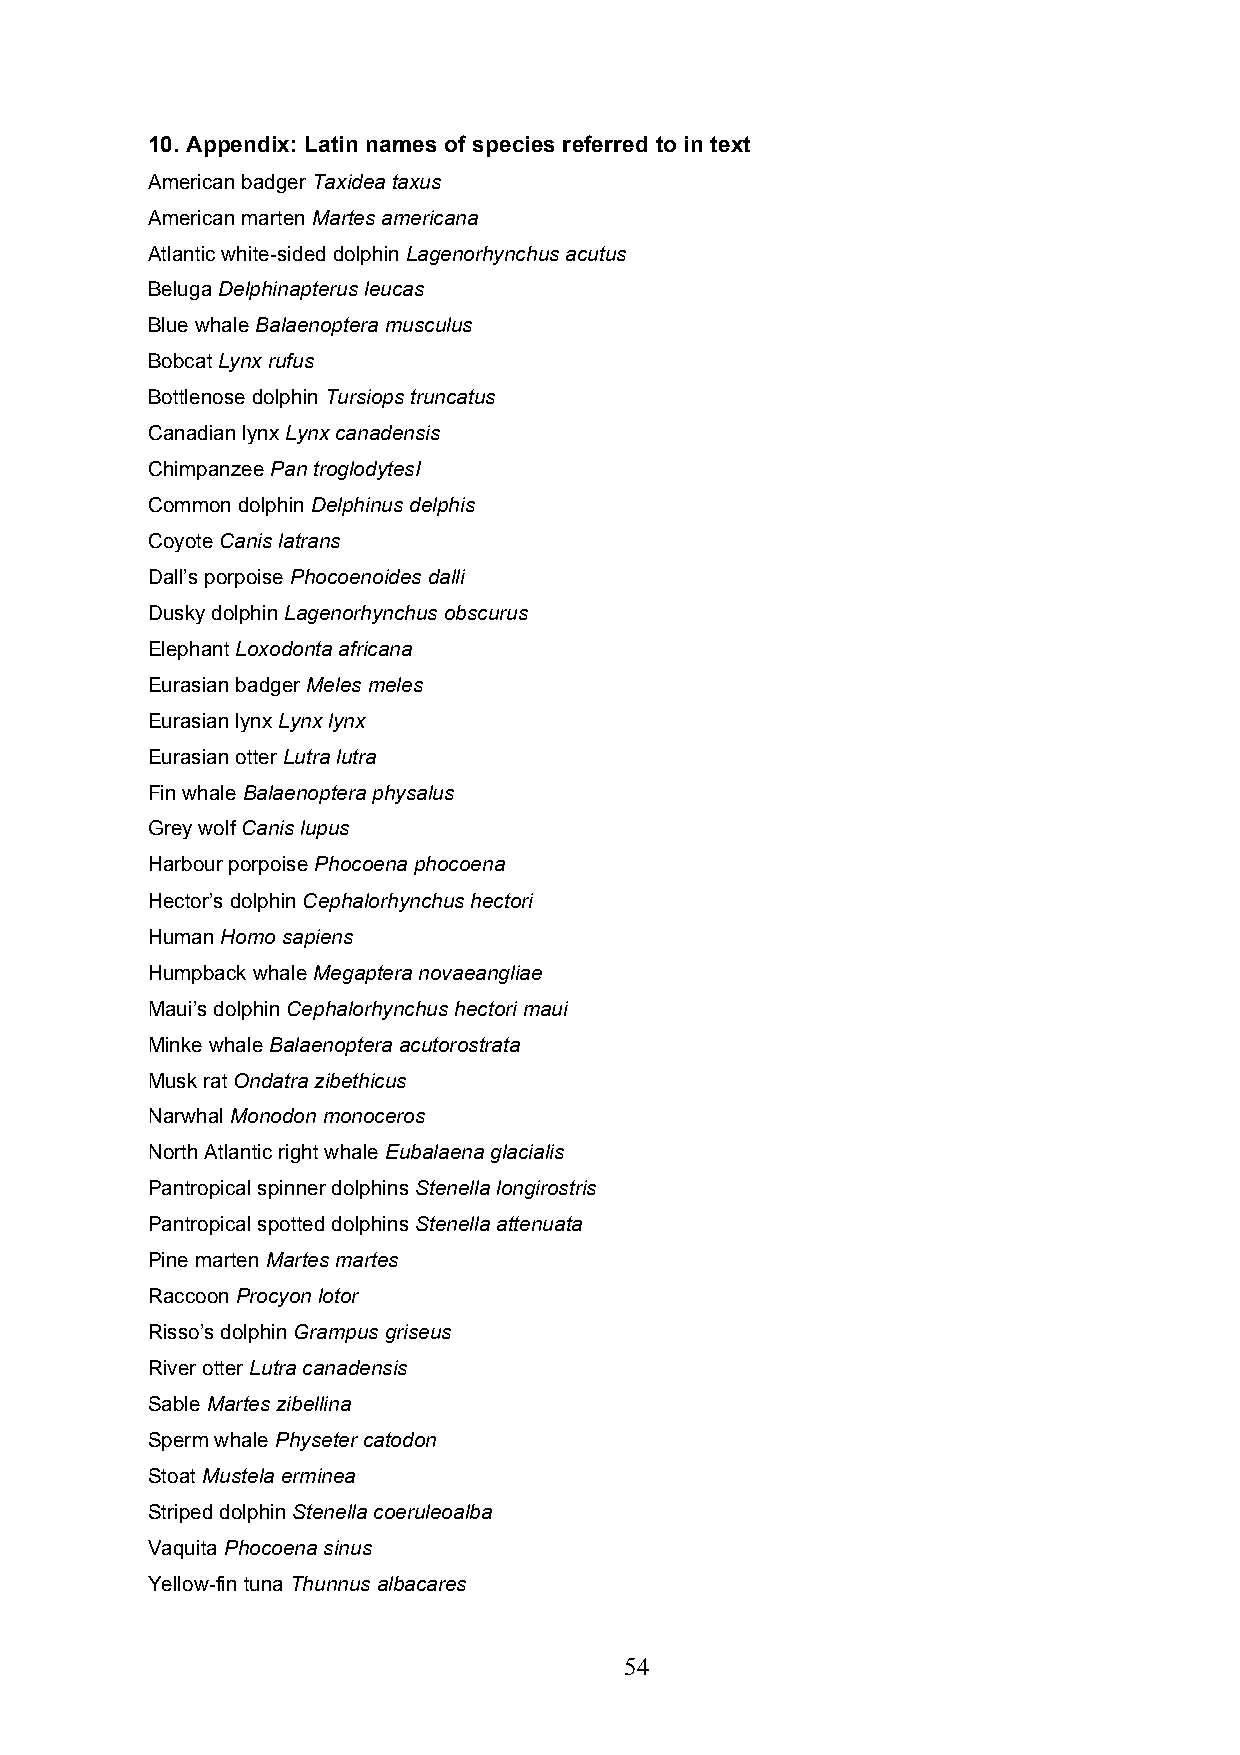
10. Appendix: Latin names of species referred to in text
 American badger Taxidea taxus
 American marten Martes americana
 Atlantic white-sided dolphin Lagenorhynchus acutus
 Beluga Delphinapterus leucas
 Blue whale Balaenoptera musculus
 Bobcat Lynx rufus
 Bottlenose dolphin Tursiops truncatus
 Canadian lynx Lynx canadensis
 Chimpanzee Pan troglodytesI
 Common dolphin Delphinus delphis
 Coyote Canis latrans
 Dall’s porpoise Phocoenoides dalli
 Dusky dolphin Lagenorhynchus obscurus
 Elephant Loxodonta africana
 Eurasian badger Meles meles
 Eurasian lynx Lynx lynx
 Eurasian otter Lutra lutra
 Fin whale Balaenoptera physalus
 Grey wolf Canis lupus
 Harbour porpoise Phocoena phocoena
 Hector’s dolphin Cephalorhynchus hectori
 Human Homo sapiens
 Humpback whale Megaptera novaeangliae
 Maui’s dolphin Cephalorhynchus hectori maui
 Minke whale Balaenoptera acutorostrata
 Musk rat Ondatra zibethicus
 Narwhal Monodon monoceros
 North Atlantic right whale Eubalaena glacialis
 Pantropical spinner dolphins Stenella longirostris
 Pantropical spotted dolphins Stenella attenuata
 Pine marten Martes martes
 Raccoon Procyon lotor
 Risso’s dolphin Grampus griseus
 River otter Lutra canadensis
 Sable Martes zibellina
 Sperm whale Physeter catodon
 Stoat Mustela erminea
 Striped dolphin Stenella coeruleoalba
 Vaquita Phocoena sinus
 Yellow-fin tuna Thunnus albacares
 54